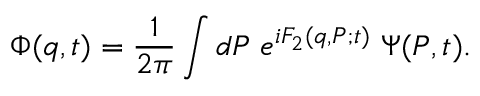
\Phi ( q , t ) = \frac 1 { 2 \pi } \int d P \; e ^ { i F _ { 2 } ( q , P ; t ) } \; \Psi ( P , t ) .